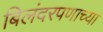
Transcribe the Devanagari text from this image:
बिलंदरपणाच्या